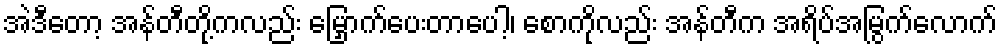
အဲဒီတော့ အန်တီတို့ကလည်း မြှောက်ပေးတာပေါ့၊ စောကိုလည်း အန်တီက အရိပ်အမြွက်လောက်